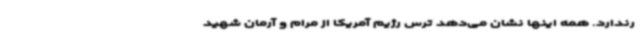
رندارد. همه اینها نشان می‌دهد ترس رژیم آمریکا از مرام و آرمان شهید